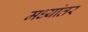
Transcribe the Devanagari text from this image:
मध्‍यांतर